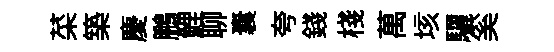
菜築慶鵬鯉聊囊夸錢棧萬垓驪奚